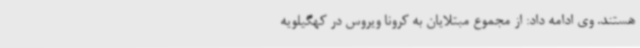
هستند. وی ادامه داد: از مجموع مبتلایان به کرونا ویروس در کهگیلویه